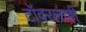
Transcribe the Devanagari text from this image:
टॉवरलाही